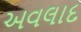
અવલાદ